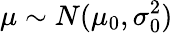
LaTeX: \mu\sim N(\mu_{0},\sigma_{0}^{2})